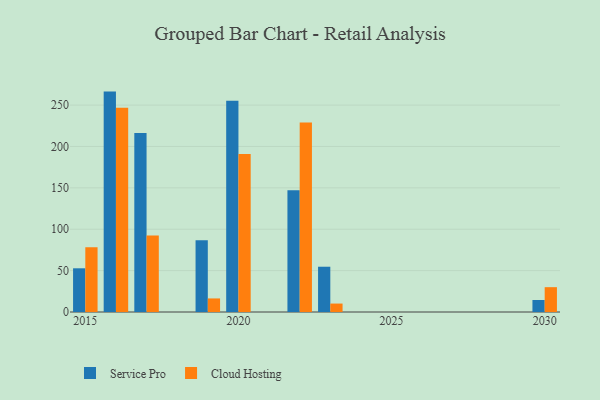
{"axis": {"x": "Year", "y": "Demand Index"}, "legend": ["Cloud Hosting", "Service Pro"], "data": [{"x": "2019", "y": 86.6, "type": "Service Pro"}, {"x": "2019", "y": 16.4, "type": "Cloud Hosting"}, {"x": "2017", "y": 216.3, "type": "Service Pro"}, {"x": "2017", "y": 92.5, "type": "Cloud Hosting"}, {"x": "2022", "y": 147.2, "type": "Service Pro"}, {"x": "2022", "y": 228.9, "type": "Cloud Hosting"}, {"x": "2030", "y": 14.5, "type": "Service Pro"}, {"x": "2030", "y": 30.0, "type": "Cloud Hosting"}, {"x": "2020", "y": 255.3, "type": "Service Pro"}, {"x": "2020", "y": 190.9, "type": "Cloud Hosting"}, {"x": "2023", "y": 54.7, "type": "Service Pro"}, {"x": "2023", "y": 10.2, "type": "Cloud Hosting"}, {"x": "2016", "y": 266.3, "type": "Service Pro"}, {"x": "2016", "y": 246.8, "type": "Cloud Hosting"}, {"x": "2015", "y": 52.8, "type": "Service Pro"}, {"x": "2015", "y": 78.3, "type": "Cloud Hosting"}]}